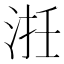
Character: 𣵱